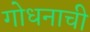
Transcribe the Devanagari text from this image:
गोधनाची